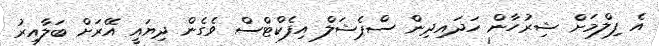
އެ ފިލްމަށް ޝިރުހާން ހަދައިދިން ސްޕެޝަލް އިފެކްޓްސް ވެގެން ދިޔައީ އޭރަށް ބަލާއިރު